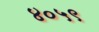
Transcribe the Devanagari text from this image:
४०५९